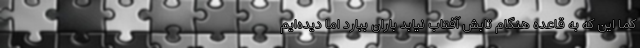
کما این که به قاعده هنگام تابش آفتاب نیابد باران ببارد اما دیده‌ایم